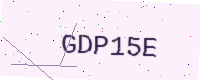
Text: GDP15E